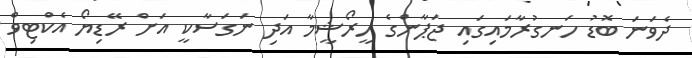
ދެވަނަ ބޮޑު ހަނގުރާމައިގައި ޖަޕާންގެ ހީރޯޝީމާ އަދި ނަގަސާކީ އަށް ރޭޑިޔޯ އެކްޓިވް